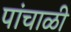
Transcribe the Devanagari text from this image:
पांचाळी